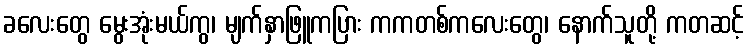
ခလေးတွေ မွေးအုံးမယ်ကွ၊ မျက်နှာဖြူကပြား ကကတစ်ကလေးတွေ၊ နောက်သူတို့ ကတဆင့်